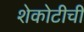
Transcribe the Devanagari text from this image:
शेकोटीची